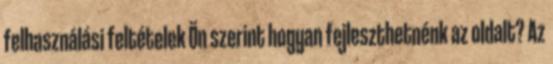
felhasználási feltételek Ön szerint hogyan fejleszthetnénk az oldalt? Az